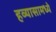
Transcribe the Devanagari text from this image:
हव्यासामध्ये